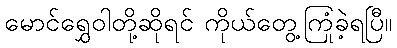
မောင်ရွှေဝါတို့ဆိုရင် ကိုယ်တွေ့ကြုံခဲ့ရပြီ။